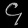
Digit: ၄